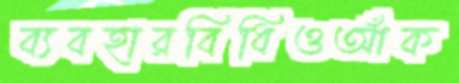
ব্যবহারবিধিওআঁক